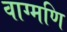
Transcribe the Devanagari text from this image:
वाग्मणि